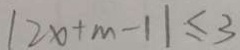
\vert 2 x + m - 1 \vert \leq 3